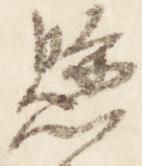
懸